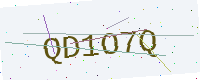
Text: QD1O7Q